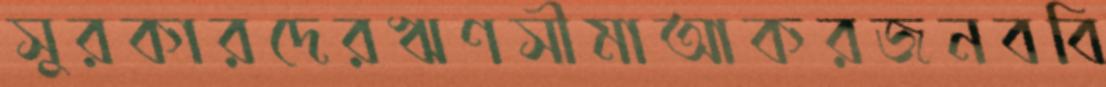
সুরকারদেরঋণসীমাআকরজনববি